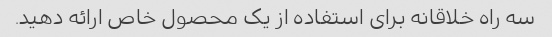
سه راه خلاقانه برای استفاده از یک محصول خاص ارائه دهید.